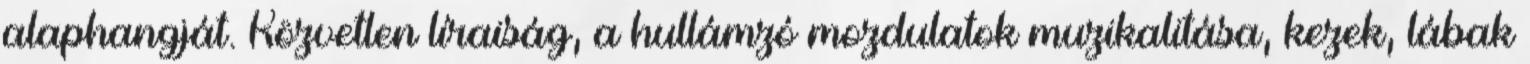
alaphangját. Közvetlen líraiság, a hullámzó mozdulatok muzikalitása, kezek, lábak